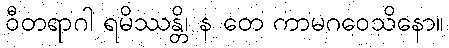
ဝီတရာဂါ ရမိဿန္တိ၊ န တေ ကာမဂဝေသိနော။